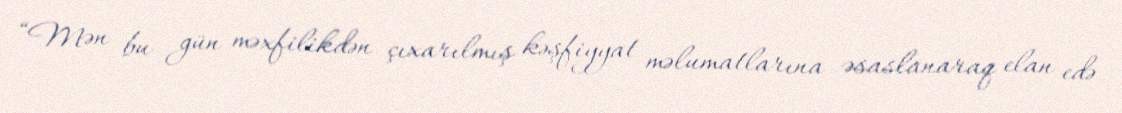
“Mən bu gün məxfilikdən çıxarılmış kəşfiyyat məlumatlarına əsaslanaraq elan edə